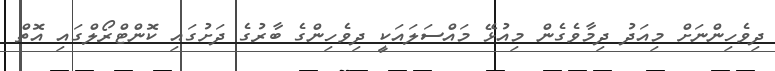
ދިވެހިންނަށް މިއަދު ދިމާވެގެން މިއުޅޭ މައްސަލައަކީ ދިވެހިންގެ ބާރުގެ ދަށުގައި ކޮންޓްރޯލްގައި އޮތް